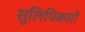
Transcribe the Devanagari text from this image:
सुलिपिकारों